Observations on rabies - Number 36
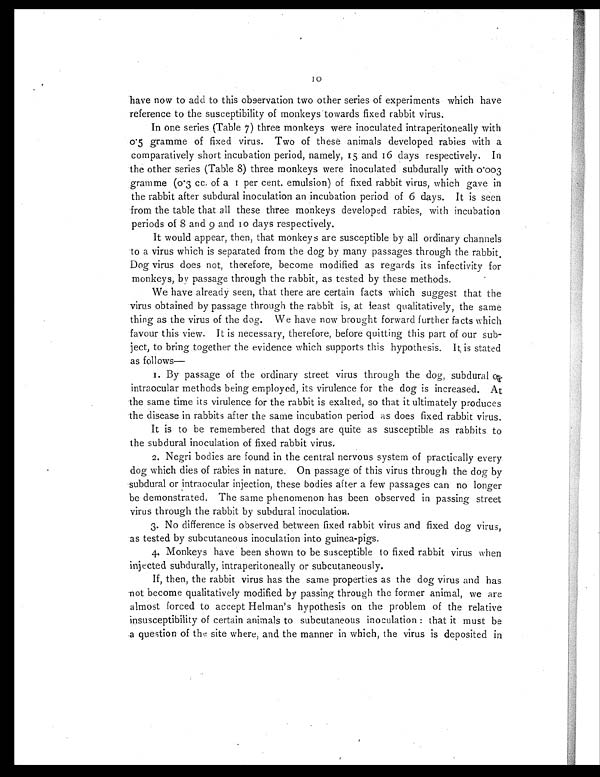
10
have now to add to this observation two other series of experiments which have
reference to the susceptibility of monkeys towards fixed rabbit virus.
In one series (Table 7) three monkeys were inoculated intraperitoneally with
0.5 gramme of fixed virus. Two of these animals developed rabies with a
comparatively short incubation period, namely, 15 and 16 days respectively. In
the other series (Table 8) three monkeys were inoculated subdurally with 0.003
gramme (0.3 cc. of a 1 per cent. emulsion) of fixed rabbit virus, which gave in
the rabbit after subdural inoculation an incubation period of 6 days. It is seen
from the table that all these three monkeys developed rabies, with incubation
periods of 8 and 9 and 10 days respectively.
It would appear, then, that monkeys are susceptible by all ordinary channels
to a virus which is separated from the dog by many passages through the rabbit.
Dog virus does not, therefore, become modified as regards its infectivity for
monkeys, by passage through the rabbit, as tested by these methods.
We have already seen, that there are certain facts which suggest that the
virus obtained by passage through the rabbit is, at least qualitatively, the same
thing as the virus of the dog. We have now brought forward further facts which
favour this view. It is necessary, therefore, before quitting this part of our sub-
ject, to bring together the evidence which supports this hypothesis. It is stated
as follows
—
1. By passage of the ordinary street virus through the dog, subdural
or intraocular methods being employed, its virulence for the dog is increased. At
the same time its virulence for the rabbit is exalted, so that it ultimately produces
the disease in rabbits after the same incubation period as does fixed rabbit virus.
It is to be remembered that dogs are quite as susceptible as rabbits to
the subdural inoculation of fixed rabbit virus.
2. Negri bodies are found in the central nervous system of practically every
dog which dies of rabies in nature. On passage of this virus through the dog by
subdural or intraocular injection, these bodies after a few passages can no longer
be demonstrated. The same phenomenon has been observed in passing street
virus through the rabbit by subdural inoculation.
3. No difference is observed between fixed rabbit virus and fixed dog virus,
as tested by subcutaneous inoculation into guinea-pigs.
4. Monkeys have been shown to be susceptible to fixed rabbit virus when
injected subdurally, intraperitoneally or subcutaneously.
If, then, the rabbit virus has the same properties as the dog virus and has
not become qualitatively modified by passing through the former animal, we are
almost forced to accept Helman's hypothesis on the problem of the relative
insusceptibility of certain animals to subcutaneous inoculation : that it must be
a question of the site where, and the manner in which, the virus is deposited in